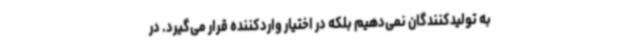
به تولیدکنندگان نمی‌دهیم بلکه در اختیار واردکننده قرار می‌گیرد. در